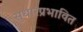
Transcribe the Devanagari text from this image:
सुधारप्रभावित